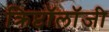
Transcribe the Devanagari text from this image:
क्रिप्टॉलॉजी